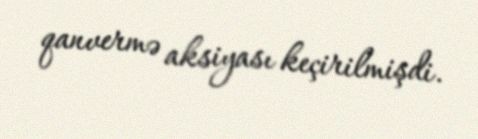
qanvermə aksiyası keçirilmişdi.